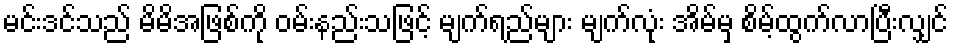
မင်းဒင်သည် မိမိအဖြစ်ကို ဝမ်းနည်းသဖြင့် မျက်ရည်များ မျက်လုံး အိမ်မှ စိမ့်ထွက်လာပြီးလျှင်